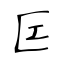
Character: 匞